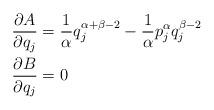
LaTeX: \begin{align*}&\frac{\partial A}{\partial q_{j}}=\frac{1}{\alpha}q^{\alpha+\beta-2}_{j}-\frac{1}{\alpha}p^{\alpha}_{j}q^{\beta-2}_{j}\\&\frac{\partial B}{\partial q_{j}}=0\end{align*}